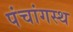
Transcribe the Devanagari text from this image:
पंचांगस्थ